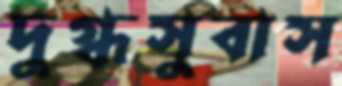
দুগ্ধসুবাস